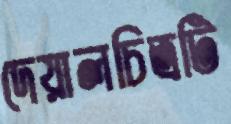
দেয়ালচিত্রটি